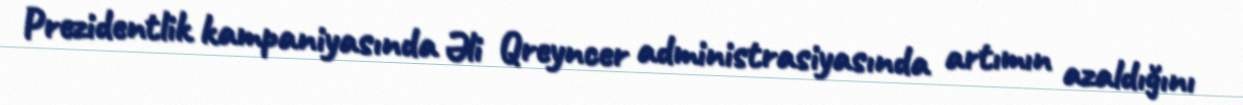
Prezidentlik kampaniyasında Əli Qreyncer administrasiyasında artımın azaldığını